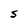
Character: S